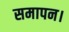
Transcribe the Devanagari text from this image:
समापन।